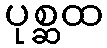
ပုစ္ဆထ